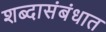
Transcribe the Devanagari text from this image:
शब्दासंबंधात